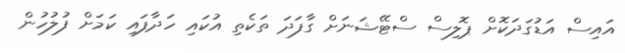
އައިސް އަޑުގަދަކޮށް ޕޮލިސް ސްޓޭޝަނަށް ގާފަދަ ތަކެތި އުކައި ހަދާފައި ކަމަށް ފުލުހުން